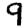
Digit: 9